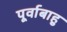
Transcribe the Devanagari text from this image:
पूर्वाबाहु